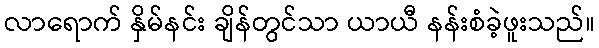
လာရောက် နှိမ်နင်း ချိန်တွင်သာ ယာယီ နန်းစံခဲ့ဖူးသည်။